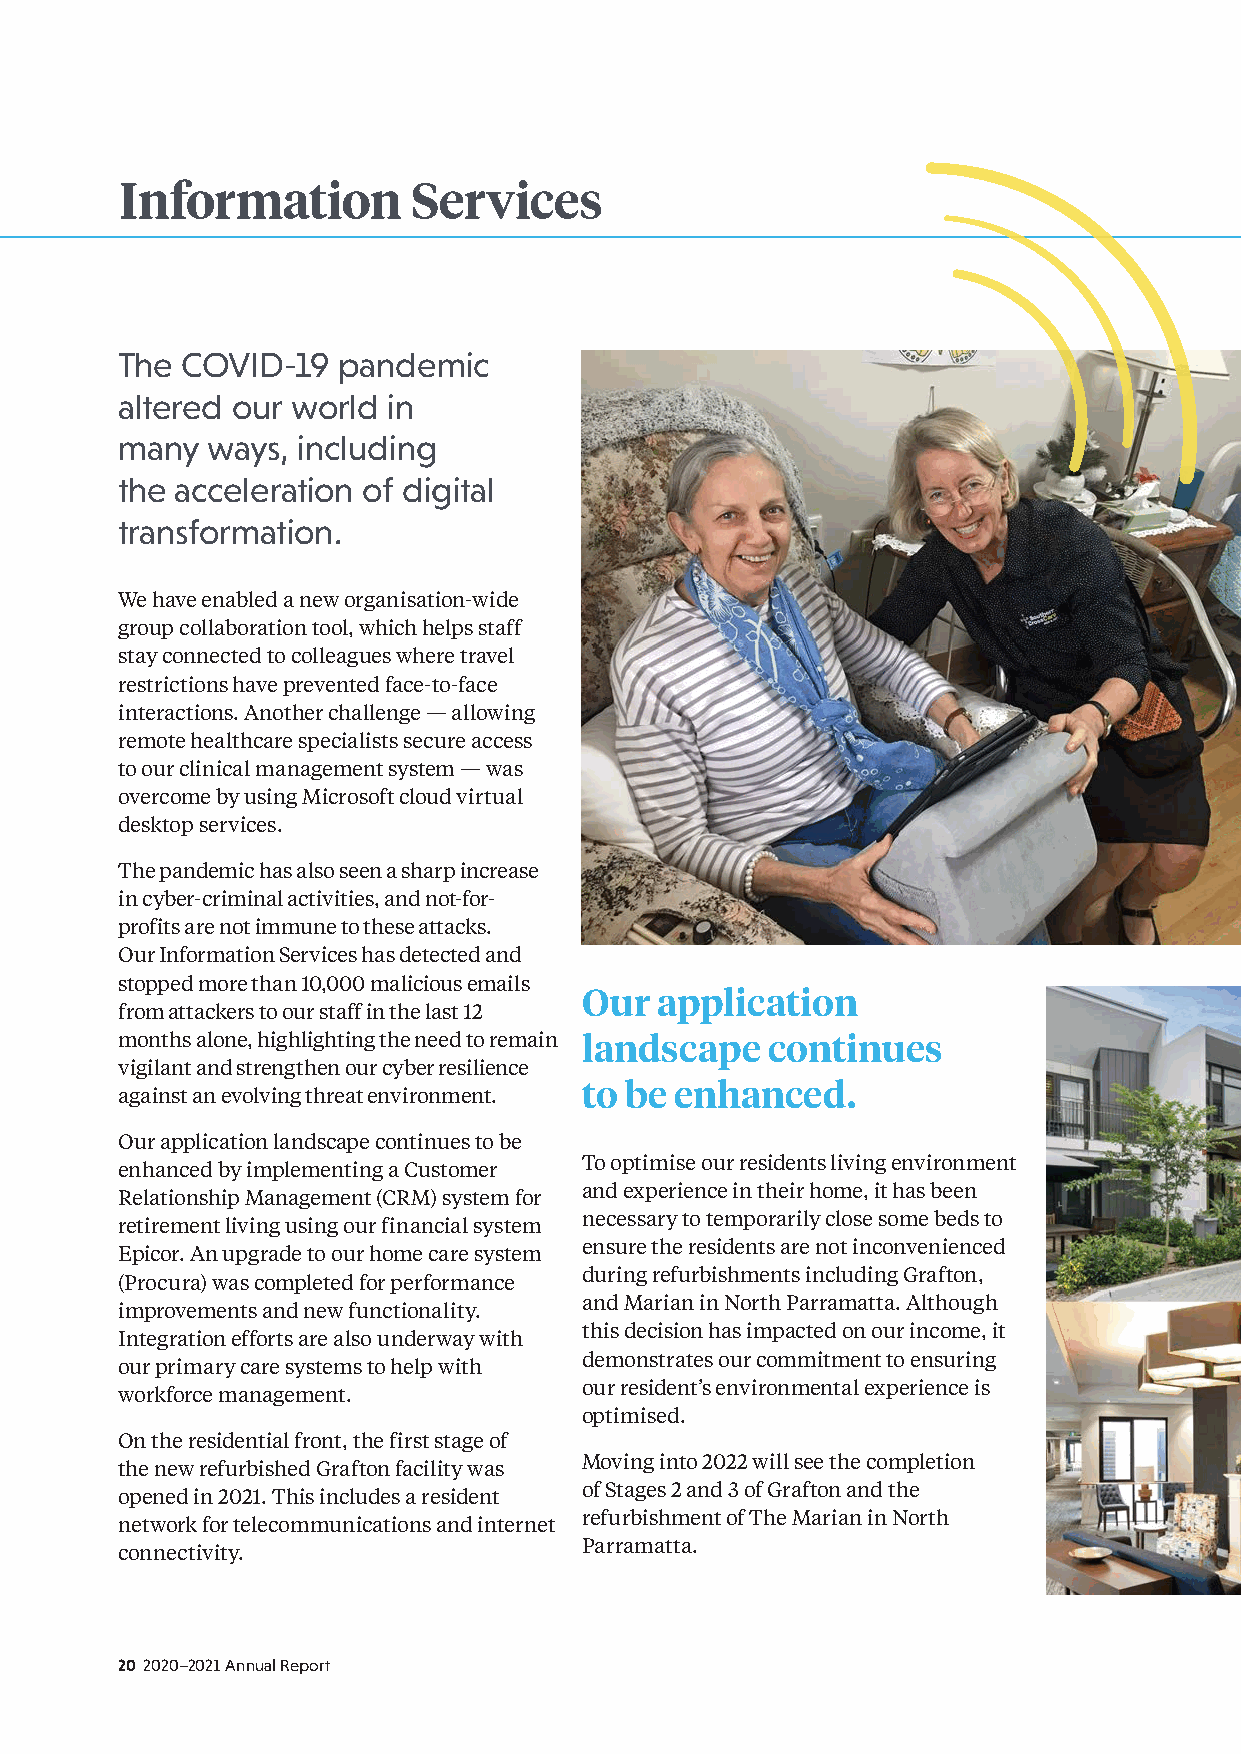
Information        Services
 The COVID-19  pandemic
 altered our world in
 many  ways, including
 the acceleration of digital
 transformation.
 We have enabled a new organisation-wide
 group collaboration tool, which helps staff
 stay connected to colleagues where travel
 restrictions have prevented face-to-face
 interactions. Another challenge — allowing
 remote healthcare specialists secure access
 to our clinical management system — was
 overcome by using Microsoft cloud virtual
 desktop services.
 The pandemic has also seen a sharp increase
 in cyber-criminal activities, and not-for-
 profits are not immune to these attacks.
 Our Information Services has detected and
 stopped more than 10,000 malicious emails
 Our application
 from attackers to our staff in the last 12
 months alone, highlighting the need to remain landscape continues
 vigilant and strengthen our cyber resilience
 to be enhanced.
 against an evolving threat environment.
 Our application landscape continues to be
 To optimise our residents living environment
 enhanced by implementing a Customer
 and experience in their home, it has been
 Relationship Management (CRM) system for
 necessary to temporarily close some beds to
 retirement living using our financial system
 ensure the residents are not inconvenienced
 Epicor. An upgrade to our home care system
 during refurbishments including Grafton,
 (Procura) was completed for performance
 and Marian in North Parramatta. Although
 improvements and new functionality.
 this decision has impacted on our income, it
 Integration efforts are also underway with
 demonstrates our commitment to ensuring
 our primary care systems to help with
 our resident’s environmental experience is
 workforce management.
 optimised.
 On the residential front, the first stage of
 Moving into 2022 will see the completion
 the new refurbished Grafton facility was
 of Stages 2 and 3 of Grafton and the
 opened in 2021. This includes a resident
 refurbishment of The Marian in North
 network for telecommunications and internet
 Parramatta.
 connectivity.
 20 2020–2021 Annual Report